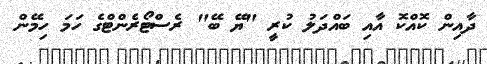
ދާއިން ކޮއްކޮ އާއި ބައްދަލު ކުރީ "ޔޭ ބޭ" ރެސްޓޯރެންޓްގެ ހަމަ ހިމޭން